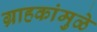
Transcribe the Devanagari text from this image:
ग्राहकांमुळे